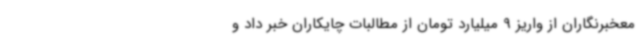
معخبرنگاران از واریز 9 میلیارد تومان از مطالبات چایکاران خبر داد و